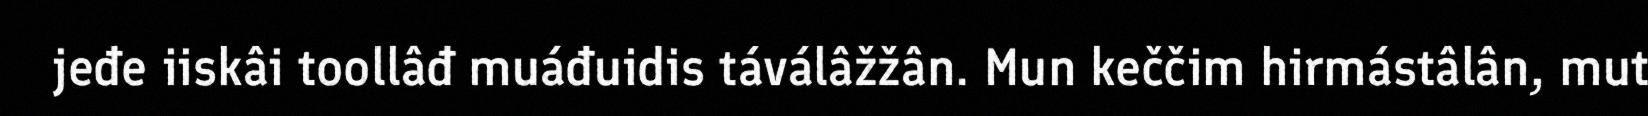
jeđe iiskâi toollâđ muáđuidis táválâžžân. Mun keččim hirmástâlân, mut